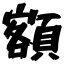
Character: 額